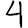
Digit: 4